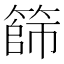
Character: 篩